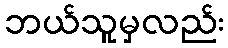
ဘယ်သူမှလည်း